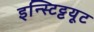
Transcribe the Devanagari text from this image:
इन्स्टिट्टयूट